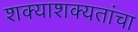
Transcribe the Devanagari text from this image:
शक्याशक्यतांचा